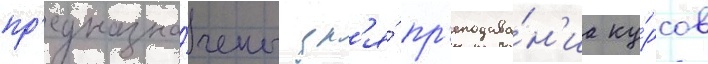
пр'едназна́чены дл'я́ пр'еподава́н'иа ку́рсов